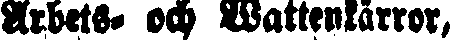
Arbets- och Wattenkärror,